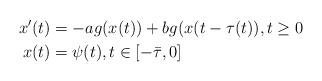
LaTeX: \begin{align*} x'(t) &= - ag(x(t)) + bg(x(t-\tau(t)),t\geq 0 \\ x(t) &= \psi(t),t \in [-\bar{\tau},0]\end{align*}